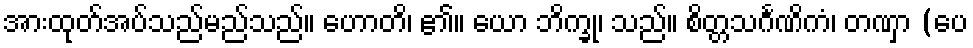
အားထုတ်အပ်သည်မည်သည်။ ဟောတိ၊ ၏။ ယော ဘိက္ခု၊ သည်။ စိတ္တသင်္ဂဏိကံ၊ တဏှာ (ပေ